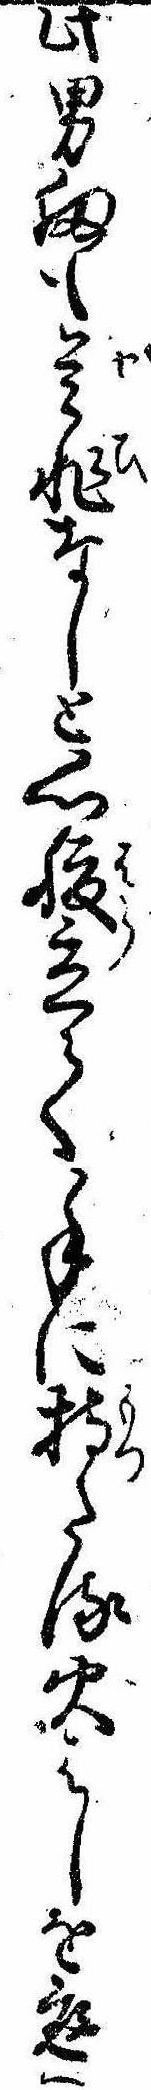
此男扨も是非なしと心腹立て手に持たる火はしを庭へ